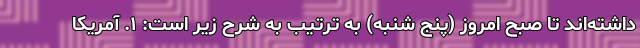
داشته‌اند تا صبح امروز (پنج شنبه) به ترتیب به شرح زیر است: ۱. آمریکا